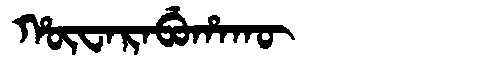
Manchu: ᡥᡡᠸᠠᡵᠠᠪᡠᡥᠠᡴᡡ
Romanization: HŪWARABUHAKŪ